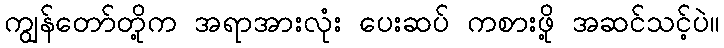
ကျွန်တော်တို့က အရာအားလုံး ပေးဆပ် ကစားဖို့ အဆင်သင့်ပဲ။